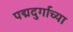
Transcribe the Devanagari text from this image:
पद्मदुर्गाच्या